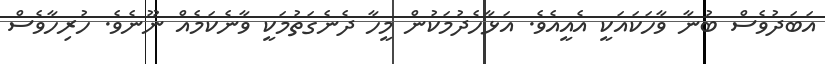
އަބަދުވެސް ބުނާ ވާހަކައަކީ އެއީއެވެ. އަޅާހެދުމަކުން މީހާ ދެނެގަތުމަކީ ވާނެކަމެއް ނޫނެވެ. ހުރިހާވެސް